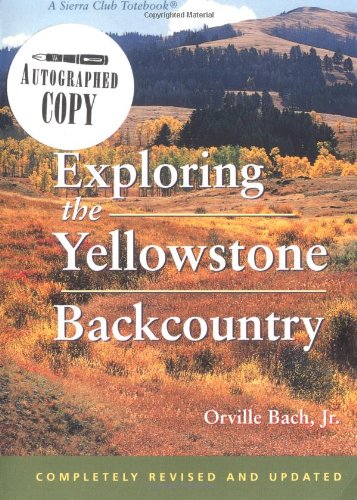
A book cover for Exploring the Yellowstone Backcountry: A Guide to the Hiking Trails of Yellowstone With Additional Sections on Canoeing, Bicycling, and Cross-Country Skiing (Third Edition); Orville Bach Jr.; Travel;